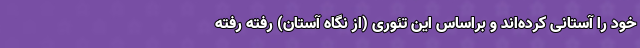
خود را آستانی کرده‌اند و براساس این تئوری (از نگاه آستان) رفته رفته